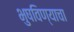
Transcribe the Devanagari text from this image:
भुषविण्याचा